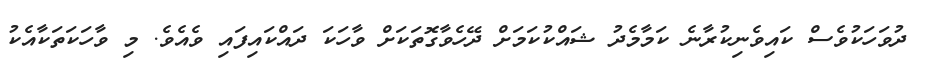
ދުވަހަކުވެސް ކައިވެނިކުރާނެ ކަމާމެދު ޝައްކުކަމަށް ދޭހެވާގޮތަކަށް ވާހަކަ ދައްކައިފައި ވެއެވެ. މި ވާހަކަތަކާއެކު